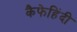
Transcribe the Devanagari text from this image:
कैफेहिंदी